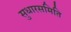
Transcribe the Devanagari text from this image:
सुधारसमिति